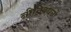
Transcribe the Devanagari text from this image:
नीतिबंधनों